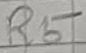
Text: R5